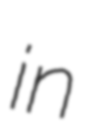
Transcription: in